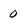
Character: 0